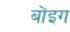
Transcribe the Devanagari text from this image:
बोंइग